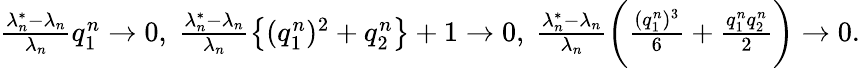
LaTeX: \begin{array}{r}{\frac{\lambda_{n}^{*}-\lambda_{n}}{\lambda_{n}}q_{1}^{n}\to 0,\ \frac{\lambda_{n}^{*}-\lambda_{n}}{\lambda_{n}}\left\{ (q_{1}^{n})^{2}+q_{2}^{n}\right\} +1\to 0,\ \frac{\lambda_{n}^{*}-\lambda_{n}}{\lambda_{n}}\biggr(\frac{(q_{1}^{n})^{3}}{6}+\frac{q_{1}^{n}q_{2}^{n}}{2}\biggr)\to 0.}\end{array}